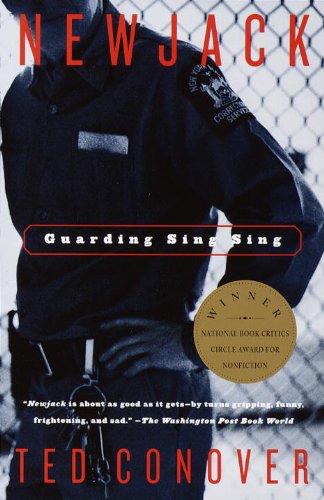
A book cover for Newjack: Guarding Sing Sing; Ted Conover; Law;